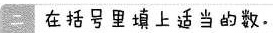
二 在括号里填上适当的数。